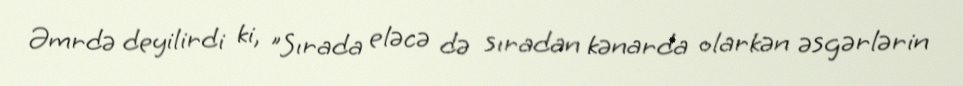
Əmrdə deyilirdi ki, "Sırada eləcə də sıradan kənarda olarkən əsgərlərin